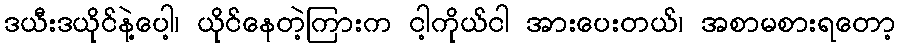
ဒယီးဒယိုင်နဲ့ပေါ့၊ ယိုင်နေတဲ့ကြားက ငါ့ကိုယ်ငါ အားပေးတယ်၊ အစာမစားရတော့